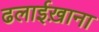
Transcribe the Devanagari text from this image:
ढलाईख़ाना